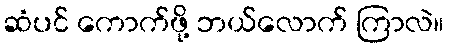
ဆံပင် ကောက်ဖို့ ဘယ်လောက် ကြာလဲ။